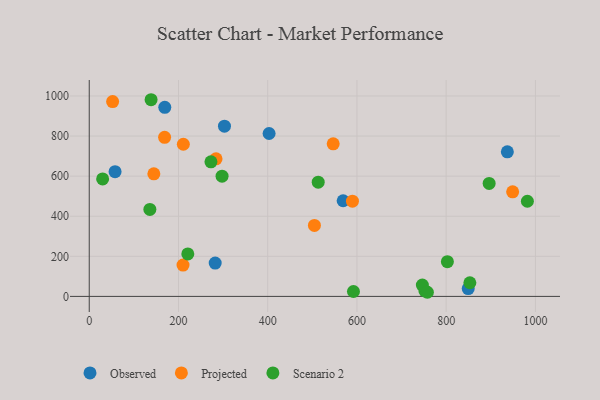
{"axis": {"x": "Price", "y": "Salary"}, "legend": ["Observed", "Projected", "Scenario 2"], "data": [{"x": "937.1", "y": 721.4, "type": "Observed"}, {"x": "403.1", "y": 812.8, "type": "Observed"}, {"x": "849.4", "y": 39.0, "type": "Observed"}, {"x": "303.1", "y": 849.5, "type": "Observed"}, {"x": "569.1", "y": 477.2, "type": "Observed"}, {"x": "57.9", "y": 622.3, "type": "Observed"}, {"x": "282.3", "y": 166.4, "type": "Observed"}, {"x": "169.3", "y": 943.3, "type": "Observed"}, {"x": "52.4", "y": 972.1, "type": "Projected"}, {"x": "210.2", "y": 156.2, "type": "Projected"}, {"x": "284.2", "y": 686.2, "type": "Projected"}, {"x": "504.7", "y": 353.9, "type": "Projected"}, {"x": "144.8", "y": 611.6, "type": "Projected"}, {"x": "949.0", "y": 521.7, "type": "Projected"}, {"x": "589.9", "y": 475.0, "type": "Projected"}, {"x": "210.9", "y": 759.2, "type": "Projected"}, {"x": "546.8", "y": 761.4, "type": "Projected"}, {"x": "168.9", "y": 793.5, "type": "Projected"}, {"x": "272.8", "y": 671.3, "type": "Scenario 2"}, {"x": "592.2", "y": 24.4, "type": "Scenario 2"}, {"x": "30.0", "y": 586.3, "type": "Scenario 2"}, {"x": "513.2", "y": 570.1, "type": "Scenario 2"}, {"x": "982.0", "y": 474.7, "type": "Scenario 2"}, {"x": "752.4", "y": 27.1, "type": "Scenario 2"}, {"x": "802.7", "y": 173.1, "type": "Scenario 2"}, {"x": "896.3", "y": 563.9, "type": "Scenario 2"}, {"x": "853.1", "y": 68.2, "type": "Scenario 2"}, {"x": "138.6", "y": 981.3, "type": "Scenario 2"}, {"x": "135.9", "y": 434.1, "type": "Scenario 2"}, {"x": "220.9", "y": 211.8, "type": "Scenario 2"}, {"x": "746.6", "y": 56.5, "type": "Scenario 2"}, {"x": "757.9", "y": 20.6, "type": "Scenario 2"}, {"x": "297.7", "y": 599.8, "type": "Scenario 2"}]}